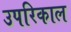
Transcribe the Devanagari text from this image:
उपरिकाल